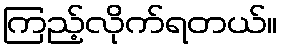
ကြည့်လိုက်ရတယ်။